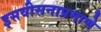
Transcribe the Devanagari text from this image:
इसवीसनाप्रमाणे